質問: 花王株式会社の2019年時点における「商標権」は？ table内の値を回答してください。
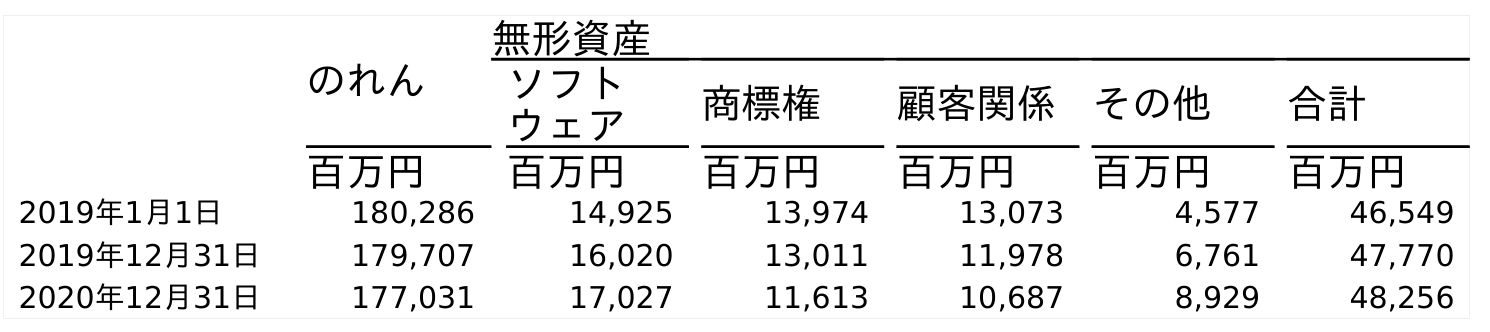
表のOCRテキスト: のれん 無形資産 ソフト ウェア 商標権 顧客関係 その他 合計 百万円 百万円 百万円 百万円 百万円 百万円 2019年1月1日 180,286 14,925 13,974 13,073 4,577 46,549 2019年12月31日 179,707 16,020 13,011 11,978 6,761 47,770 2020年12月31日 177,031 17,027 11,613 10,687 8,929 48,256
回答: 13,011